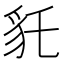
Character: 𧲢